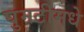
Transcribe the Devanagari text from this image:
घुमटीमधे